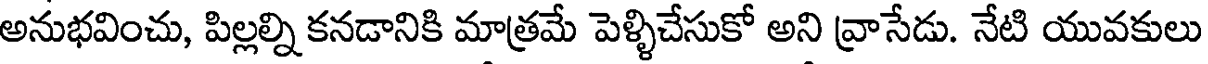
అనుభవించు, పిల్లల్ని కనడానికి మాత్రమే పెళ్ళిచేసుకో అని వ్రాసేడు. నేటి యువకులు